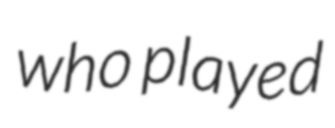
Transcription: who played